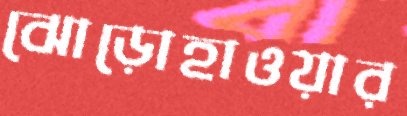
ঝোড়োহাওয়ার